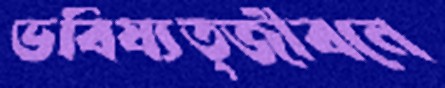
ভবিষ্যত্জীবনে